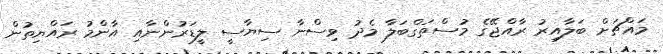
މައްޗަށް ބަލާއިރު ރާއްޖޭގެ މުސްތަގްބަލާ މެދު ވިސްނާ ސިޔާސީ ލީޑަރުންނާއި އާންމު ރައްޔިތުން